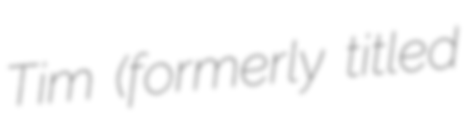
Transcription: Tim (formerly titled